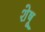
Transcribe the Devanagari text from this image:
शेषू